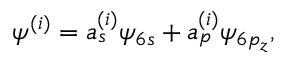
\begin{array} { r } { \psi ^ { ( i ) } = a _ { s } ^ { ( i ) } \psi _ { 6 s } + a _ { p } ^ { ( i ) } \psi _ { 6 p _ { z } } , } \end{array}